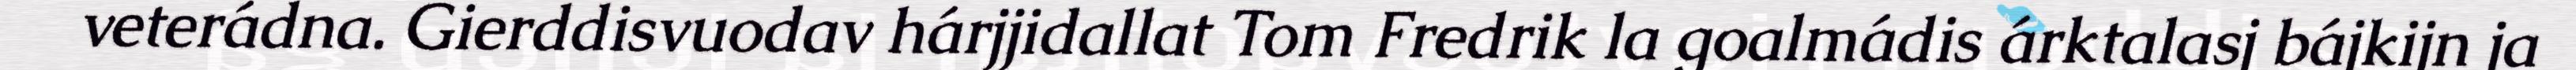
veterádna. Gierddisvuodav hárjjidallat Tom Fredrik la goalmádis árktalasj bájkijn ja